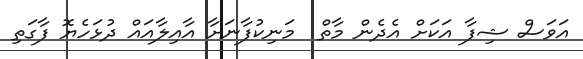
އަވަސް ޝިފާ އަކަށް އެދެން މާތް  މަނިކުފާނަށާ އާއިލާއައް ދުޅަހެޔޮ ފާގަތި